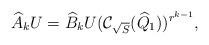
LaTeX: \begin{align*}\widehat{A}_k U=\widehat{B}_k U (\mathcal{C}_{\sqrt{S}}(\widehat{Q}_1))^{r^{k-1}},\end{align*}